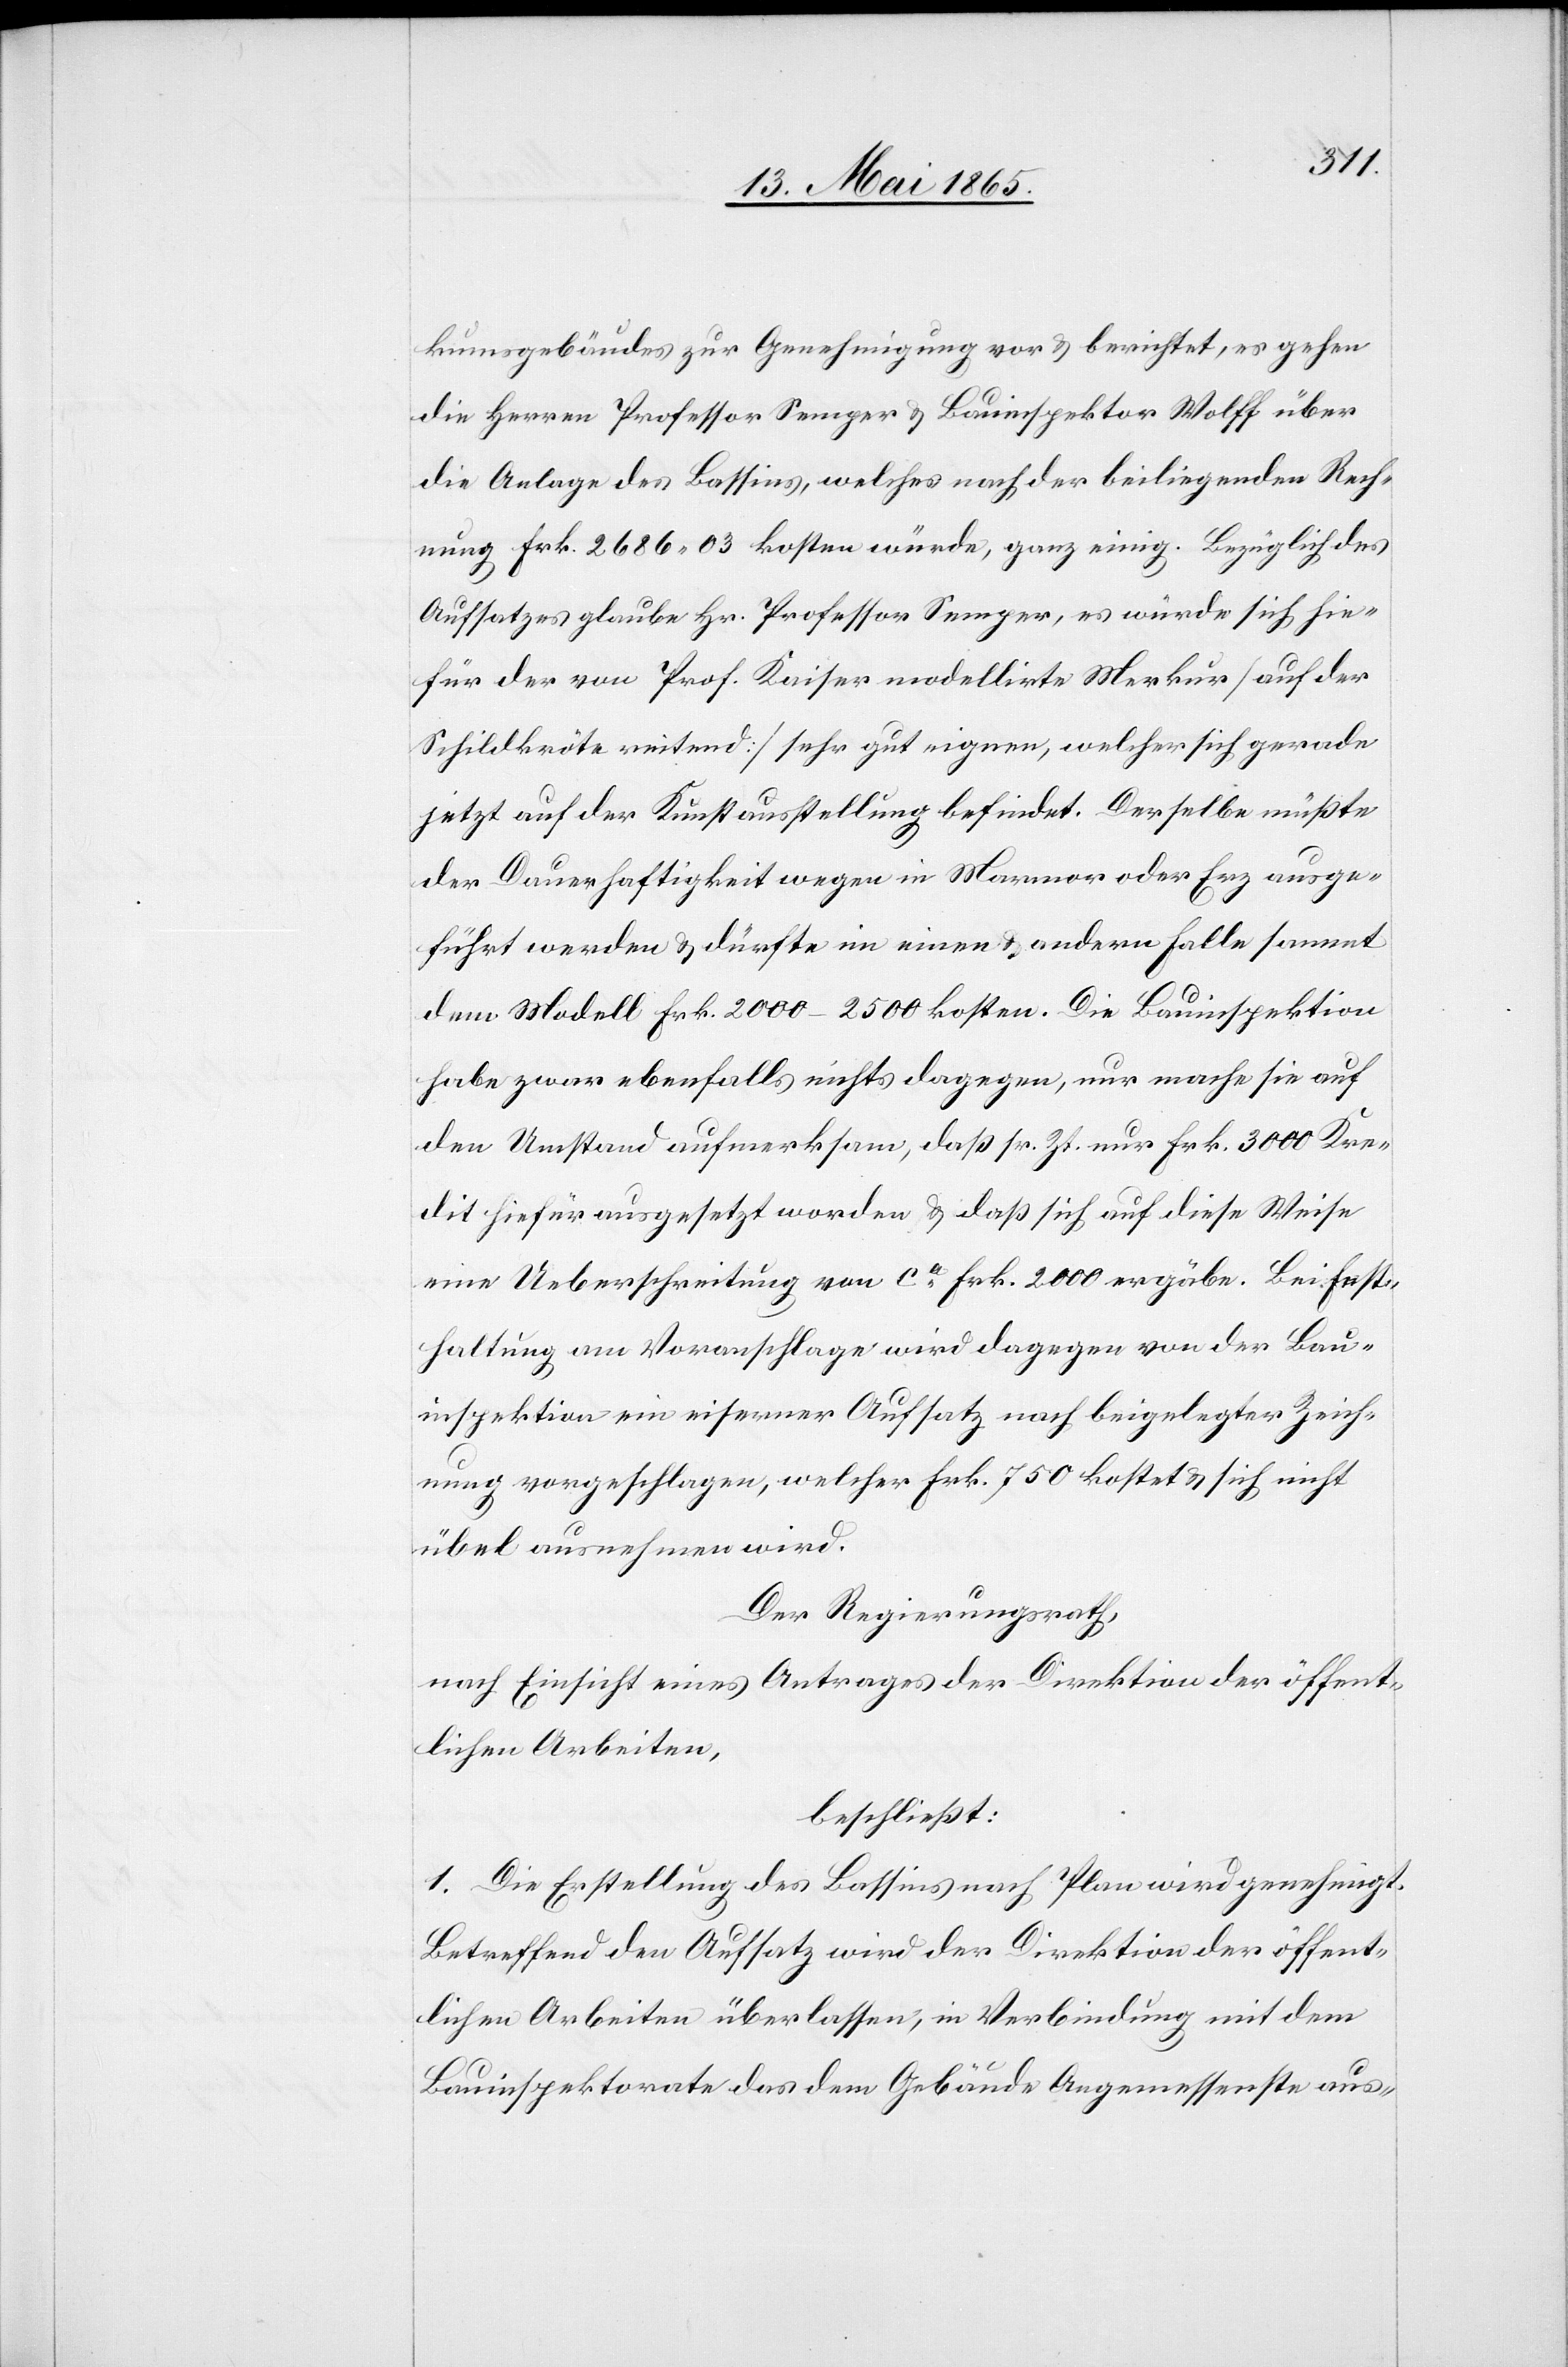
kumsgebäudes zur Genehmigung vor & berichtet, es gehen
die Herren Professor Semper & Bauinspektor Wolff über
die Anlage des Bassins, welches nach der beiliegenden Rech¬
nung Frk. 2686 03 kosten würde, ganz einig. Bezüglich des
Aufsatzes glaube Hr. Professor Semper, es würde sich hie¬
für der von Prof. Kaiser modellirte Merkur [auf der
Schildkröte reitend] sehr gut eignen, welcher sich gerade
jetzt auf der Kunstausstellung befindet. Derselbe müßte
der Dauerhaftigkeit wegen in Marmor oder Erz ausge¬
führt werden & dürfte im einen & andern Falle sammt
dem Modell Frk. 2000–2500 kosten. Die Bauinspektion
habe zwar ebenfalls nichts dagegen, nur mache sie auf
den Umstand aufmerksam, daß sr. Zt. nur Frk. 3000 Kre¬
dit hiefür ausgesetzt worden & daß sich auf diese Weise
eine Ueberschreitung von ca Frk. 2000 ergäbe. Bei Fest¬
haltung am Voranschlage wird dagegen von der Bau¬
inspektion ein eiserner Aufsatz nach beigelegter Zeich¬
nung vorgeschlagen, welcher Frk. 750 kostet & sich nicht
übel ausnehmen wird.
Der Regierungsrath,
nach Einsicht eines Antrages der Direktion der öffent¬
lichen Arbeiten,
beschließt:
1. Die Erstellung des Bassins nach Plan wird genehmigt.
Betreffend den Aufsatz wird der Direktion der öffent¬
lichen Arbeiten überlassen, in Verbindung mit dem
Bauinspektorate das dem Gebäude Angemessenste aus-